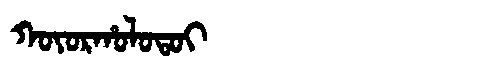
Manchu: ᡴᠣᠶᠣᡵᡥᠣᠯᠣᡨᠣᡳ
Romanization: KOYORHOLOTOI